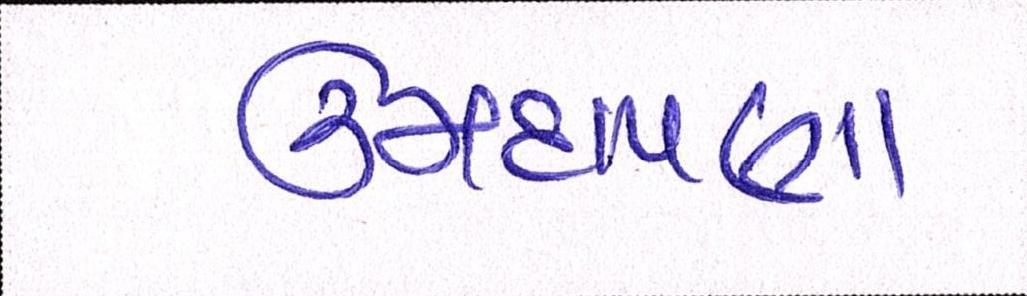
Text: ઉમદાપણા